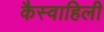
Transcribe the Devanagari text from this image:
कैस्वाहिली